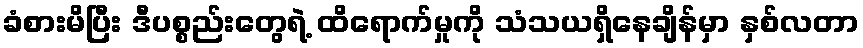
ခံစားမိပြီး ဒီပစ္စည်းတွေရဲ့ ထိရောက်မှုကို သံသယရှိနေချိန်မှာ နှစ်လတာ